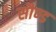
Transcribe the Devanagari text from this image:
सौण्ड